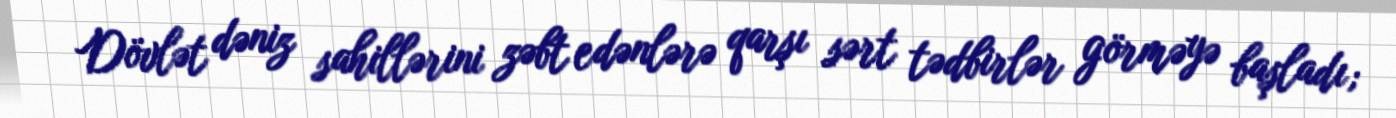
Dövlət dəniz sahillərini zəbt edənlərə qarşı sərt tədbirlər görməyə başladı;